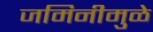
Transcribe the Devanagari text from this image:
जमिनीमुळे